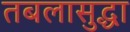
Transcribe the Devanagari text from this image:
तबलासुद्धा